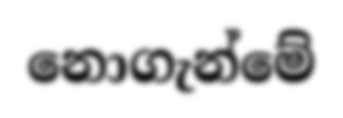
නොගැන්මේ